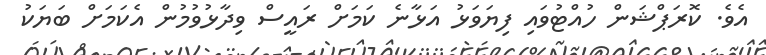
އެވެ. ކޮރަޕްޝަން ހުއްޓުވައި ފިޔަވަޅު އަޅާނެ ކަމަށް ރައީސް ވިދާޅުވުމުން އެކަމަށް ބަޔަކު